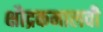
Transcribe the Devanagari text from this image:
क्षौद्रकमालवी